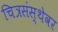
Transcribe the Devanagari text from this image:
चित्रसंस्थेवर